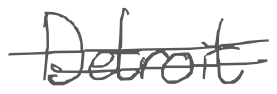
Text: Detroit
Cross-out: double-line
Writing tool: digital_gray